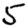
Digit: 5